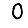
Digit: 0